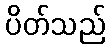
ပိတ်သည်